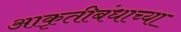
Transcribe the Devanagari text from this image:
आकृतीबंधाच्या